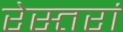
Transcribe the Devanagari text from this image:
रेस्‍तरां